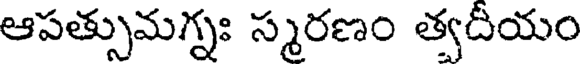
ఆపత్సుమగ్నః స్మరణం త్వదీయం